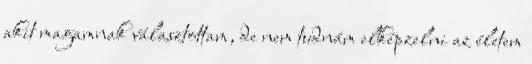
akit magamnak választottam, de nem tudnám elképzelni az életem